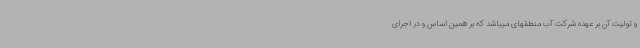
و تولیت آن بر عهده شرکت آب منطقهای میباشد که بر همین اساس و در اجرای